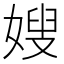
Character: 嫂